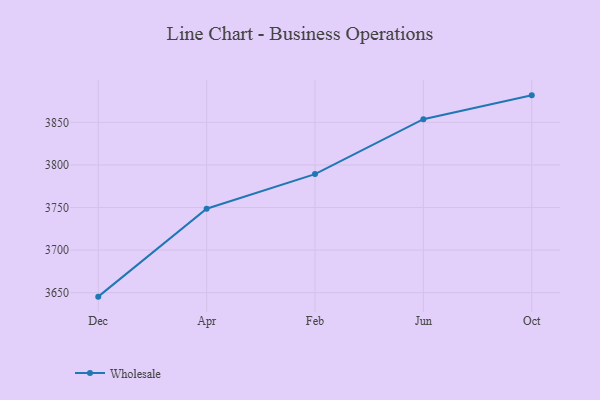
{"axis": {"x": "Month", "y": "Website Visitors"}, "legend": ["Wholesale"], "data": [{"x": "Dec", "y": 3645.3, "type": "Wholesale"}, {"x": "Apr", "y": 3748.5, "type": "Wholesale"}, {"x": "Feb", "y": 3789.2, "type": "Wholesale"}, {"x": "Jun", "y": 3853.7, "type": "Wholesale"}, {"x": "Oct", "y": 3881.7, "type": "Wholesale"}]}